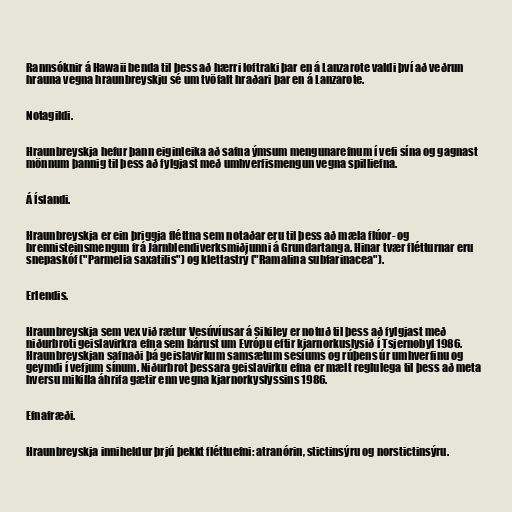
Rannsóknir á Hawaii benda til þess að hærri loftraki þar en á Lanzarote valdi því að veðrun
hrauna vegna hraunbreyskju sé um tvöfalt hraðari þar en á Lanzarote.

Notagildi.

Hraunbreyskja hefur þann eiginleika að safna ýmsum mengunarefnum í vefi sína og gagnast
mönnum þannig til þess að fylgjast með umhverfismengun vegna spilliefna.

Á Íslandi.

Hraunbreyskja er ein þriggja fléttna sem notaðar eru til þess að mæla flúor- og
brennisteinsmengun frá Járnblendiverksmiðjunni á Grundartanga. Hinar tvær flétturnar eru
snepaskóf ("Parmelia saxatilis") og klettastrý ("Ramalina subfarinacea").

Erlendis.

Hraunbreyskja sem vex við rætur Vesúvíusar á Sikiley er notuð til þess að fylgjast með
niðurbroti geislavirkra efna sem bárust um Evrópu eftir kjarnorkuslysið í Tsjernobyl 1986.
Hraunbreyskjan safnaði þá geislavirkum samsætum sesíums og rúþens úr umhverfinu og
geymdi í vefjum sínum. Niðurbrot þessara geislavirku efna er mælt reglulega til þess að meta
hversu mikilla áhrifa gætir enn vegna kjarnorkyslyssins 1986.

Efnafræði.

Hraunbreyskja inniheldur þrjú þekkt fléttuefni: atranórin, stictinsýru og norstictinsýru.